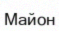
Майон